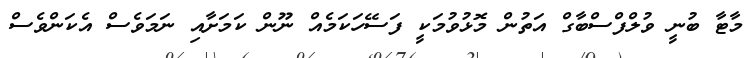
މާޓާ ބުނީ ވުލްފްސްބާގް އަތުން މޮޅުވުމަކީ ފަަސޭހަކަމެއް ނޫން ކަމަށާއި ނަމަވެސް އެކަންވެސް